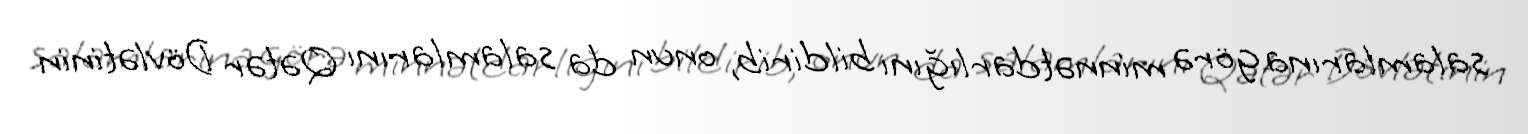
salamlarına görə minnətdarlığını bildirib, onun da salamlarını Qətər Dövlətinin